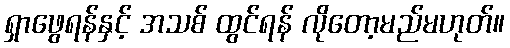
ရှာဖွေရန်နှင့် အသစ် ထွင်ရန် လိုတော့မည်မဟုတ်။